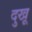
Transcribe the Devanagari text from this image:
दुखू